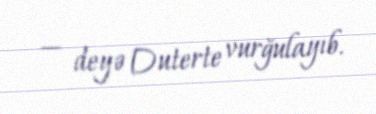
— deyə Duterte vurğulayıb.